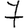
Digit: 7